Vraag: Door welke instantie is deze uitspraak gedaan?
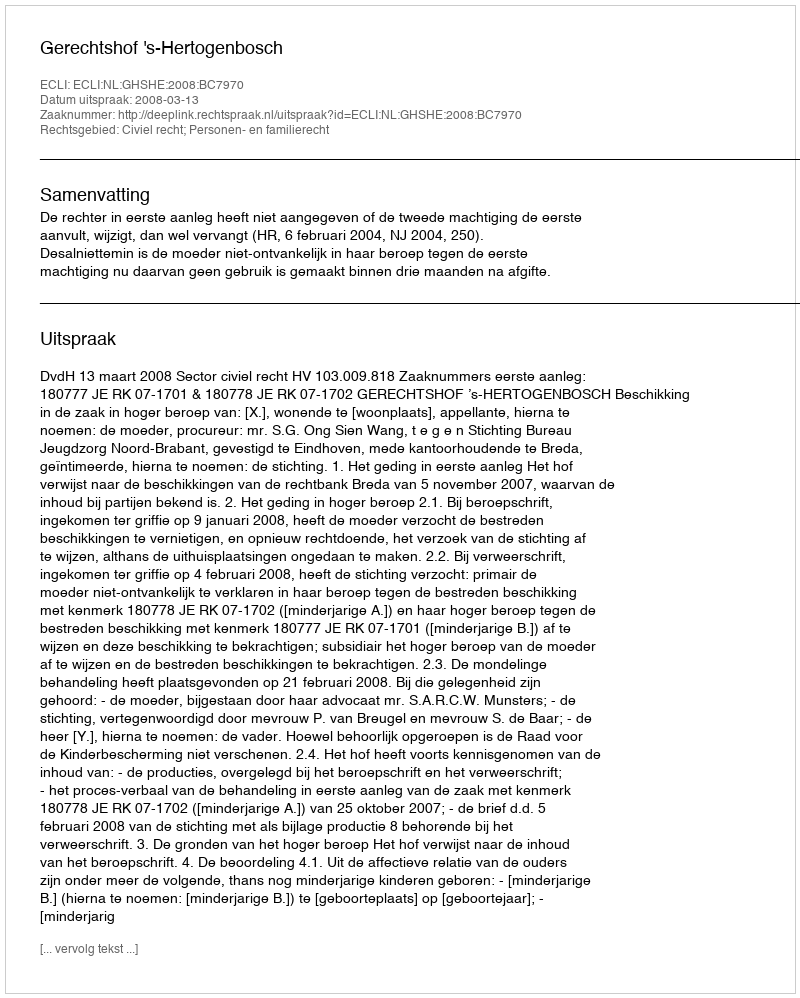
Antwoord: Gerechtshof 's-Hertogenbosch